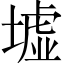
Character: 墟